Medical and sanitary report of the native army of Bengal for the year
Year: 1877
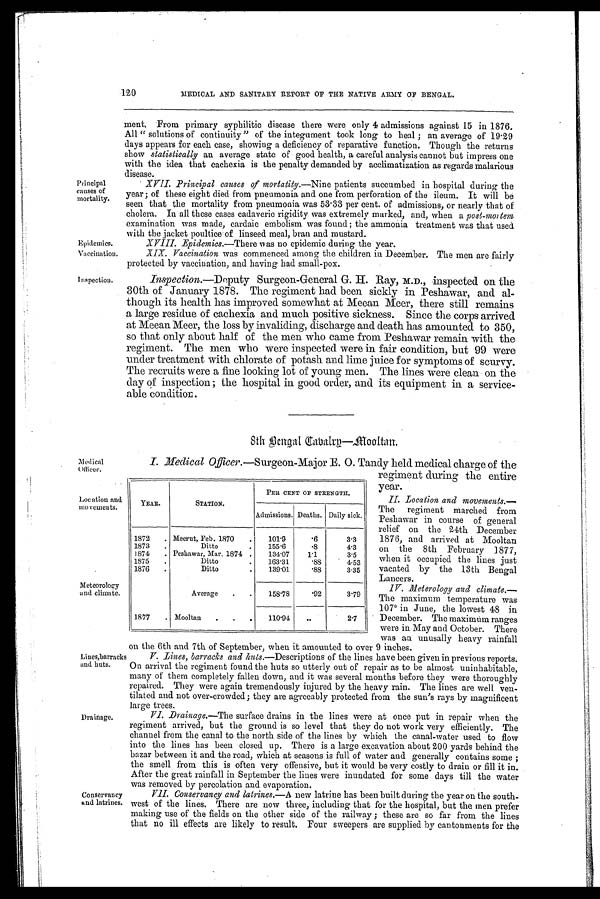
Epidemics.
Vaccination.
I nspection.
120
MEDICAL AND SANITARY REPORT OF THE NATIVE ARMY OF BENGAL.
Principal
causes of
mortality.
ment. From primary syphilitic disease there were only 4 admissions against 15 in 1876.
All "solutions of continuity" of the integument took long to heal ; an average of 19.29
days appears for each case, showing a deficiency of reparative function. Though the returns
show statistically an average state of good health, a careful analysis cannot but impress one
with the idea that cachexia is the penalty demanded by acclimatization as regards malarious
disease.
XVII. Principal causes of mortatity.— Nine patients succumbed in hospital during the
year ; of these eight died from pneumonia and one from perforation of the ileum. It will be
seen that the mortality from pneumonia was 53.33 per cent. of admissions, or nearly that of
cholera. In all these cases cadaveric rigidity was extremely marked, and, when a post-mo
r t e m
examination was made, cardaic embolism was found ; the ammonia treatment was that used
with the jacket poultice of linseed meal, bran and mustard.
XVIII. Epidemics.—There was no epidemic during the year.
XIX. Vaccination was commenced among the children in December. The men are fairly
protected by vaccination, and having had small-pox.
Inspection.—Deputy Surgeon-General G. H. Ray, M.D., inspected on the
30th of January 1878. The regiment had been sickly in Peshawar, and al-
though its health has improved somewhat at Meean Meer, there still remains
a large residue of cachexia and much positive sickness. Since the corps arrived
at Meean Meer, the loss by invaliding, discharge and death has amounted to 350,
so that only about half of the men who came from Peshawar remain with the
regiment. The men who were inspected were in fair condition, but 99 were
under treatment with chlorate of potash and lime juice for symptoms of scurvy.
The recruits were a fine looking lot of young men. The lines were clean on the
day of inspection; the hospital in good order, and its equipment in a service-
able condition.
8th Bengal Cabalry—Mooltan.
Medical
Officer.
Meteorology
and climate.
Lines,barracks
and huts.
Drainage.
Conservancy
and latrines.
Location and
movements.
I. Medical Officer.—Surgeon-Major E. 0. Tandy held medical charge of the
regiment during the entire
year.
II. Location and movements.—
The regiment marched from
Peshawar in course of general
relief on the 24th December
1876, and arrived at Mooltan
on the 8th February 1877,
when it occupied the lines just
vacated by the 13th Bengal
Lancers.
IV. Meterology and climate.—
The maximum temperature was
107° in June, the lowest 48 in
December. The maximum ranges
were in May and October. There
was an unusally heavy rainfall
on the 6th and 7th of September, when it amounted to over 9 inches.
V.
Lines, barracks and huts. —Descriptions of the lines have been given in previous reports.
On arrival the regiment found the huts so utterly out of repair as to be almost uninhabitable,
many of them completely fallen down, and it was several months before they were thoroughly
repaired. They were again tremendously injured by the heavy rain. The lines are well ven-
tilated and not over-crowded; they are agreeably protected from the sun's rays by magnificent
large trees.
VI. Drainage.—The surface drains in the lines were at once put in repair when the
regiment arrived, but the ground is so level that they do not work very efficiently. The
channel from the canal to the north side of the lines by which the canal-water used to flow
into the lines has been closed up. There is a large excavation about 200 yards behind the
bazar between it and the road, which at seasons is full of water and generally contains some ;
the smell from this is often very offensive, but it would be very costly to drain or fill it in.
After the great rainfall in September the lines were inundated for some days till the water
was removed by percolation and evaporation.
VII. Conservancy and latrines.—A new latrine has been built during the year on the south-
west of the lines. There are now three, including that for the hospital, but the men prefer
making use of the fields on the other side of the railway ; these are so far from the lines
that no ill effects are likely to result. Four sweepers are supplied by cantonments for the
YEAR.
STATION.
PER CENT OF STRENGTH.
Admissions. Deaths. Daily sick.
1872
. Meerut, Feb. 1870
.
101.9
.6
3.3
1873
Ditto
155.6
.8
4.3
1874
.
. Peshawar, Mar. 1874
.
.
134.07
1.1
3.5
1875
.
Ditto
.
163.31
.88
. 4.53
1876
.
Ditto
.
139.01
.88
3.35
Average
.
.
158.78
.92
3.79
1877
. Mooltan
.
.
.
110.94
..
2.7